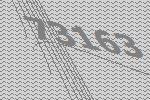
73163